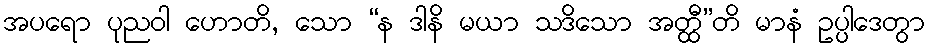
အပရော ပုညဝါ ဟောတိ, သော “န ဒါနိ မယာ သဒိသော အတ္ထီ”တိ မာနံ ဥပ္ပါဒေတွာ